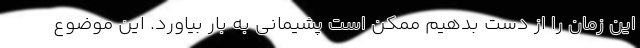
این زمان را از دست بدهیم ممکن است پشیمانی به بار بیاورد. این موضوع